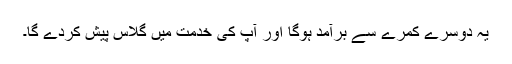
یہ دوسرے کمرے سے برآمد ہوگا اور آپ کی خدمت میں گلاس پیش کردے گا۔